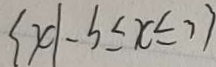
\{ x \vert - b \leq x \leq 3 \}